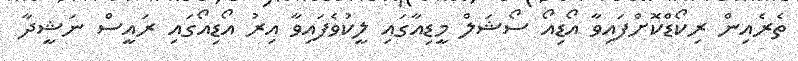
ތެރެއިން ރިކޯޑްކޮށްފައިވާ އޯޑިއޯ ސޯޝަލް މީޑިއާގައި ލީކުވެފައިވާ އިރު އޯޑިއޯގައި ރައީސް ނަޝީދާ